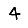
Digit: 4